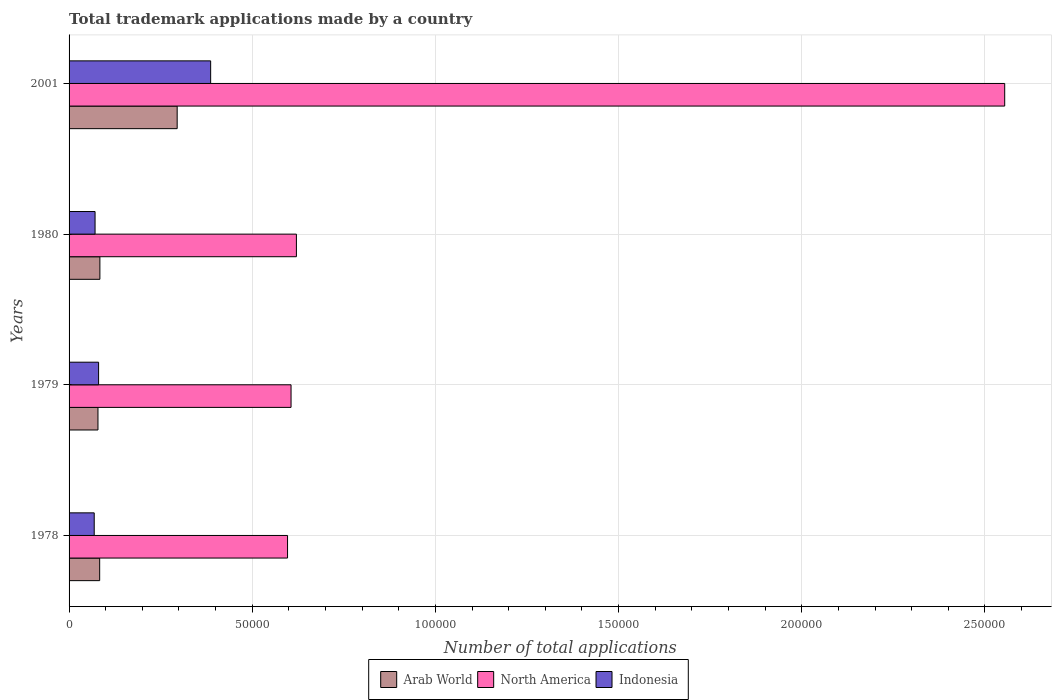
| Years | Arab World | North America | Indonesia |
 | --- | --- | --- | --- |
 | 1978 | 8.35e+03 | 5.96e+04 | 6.87e+03 |
 | 1979 | 7.89e+03 | 6.06e+04 | 8.06e+03 |
 | 1980 | 8.41e+03 | 6.21e+04 | 7.1e+03 |
 | 2001 | 2.95e+04 | 2.55e+05 | 3.86e+04 |